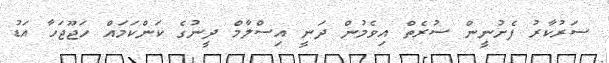
ސަރުކާރު ފެށުނީން ސުރެތް އިވެމުން ދަނީ އިސްލާމް ދީނުގެ ކަންކަމައް ހަޖޫޖަހާ އަޑު